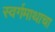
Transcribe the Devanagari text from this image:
स्वर्गमाथाचा